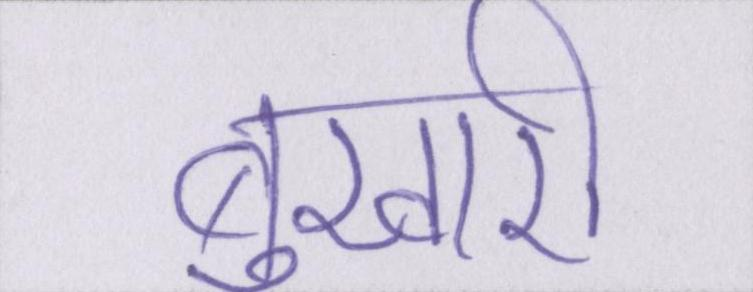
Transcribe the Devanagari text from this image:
बुखारी